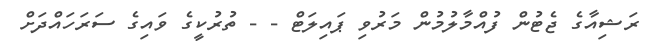
ރަޝިއާގެ ޖެޓުން ފުއްމާލުމުން މަރުވި ޕައިލަޓް - - ތުރުކީގެ ވައިގެ ސަރަހައްދަށް